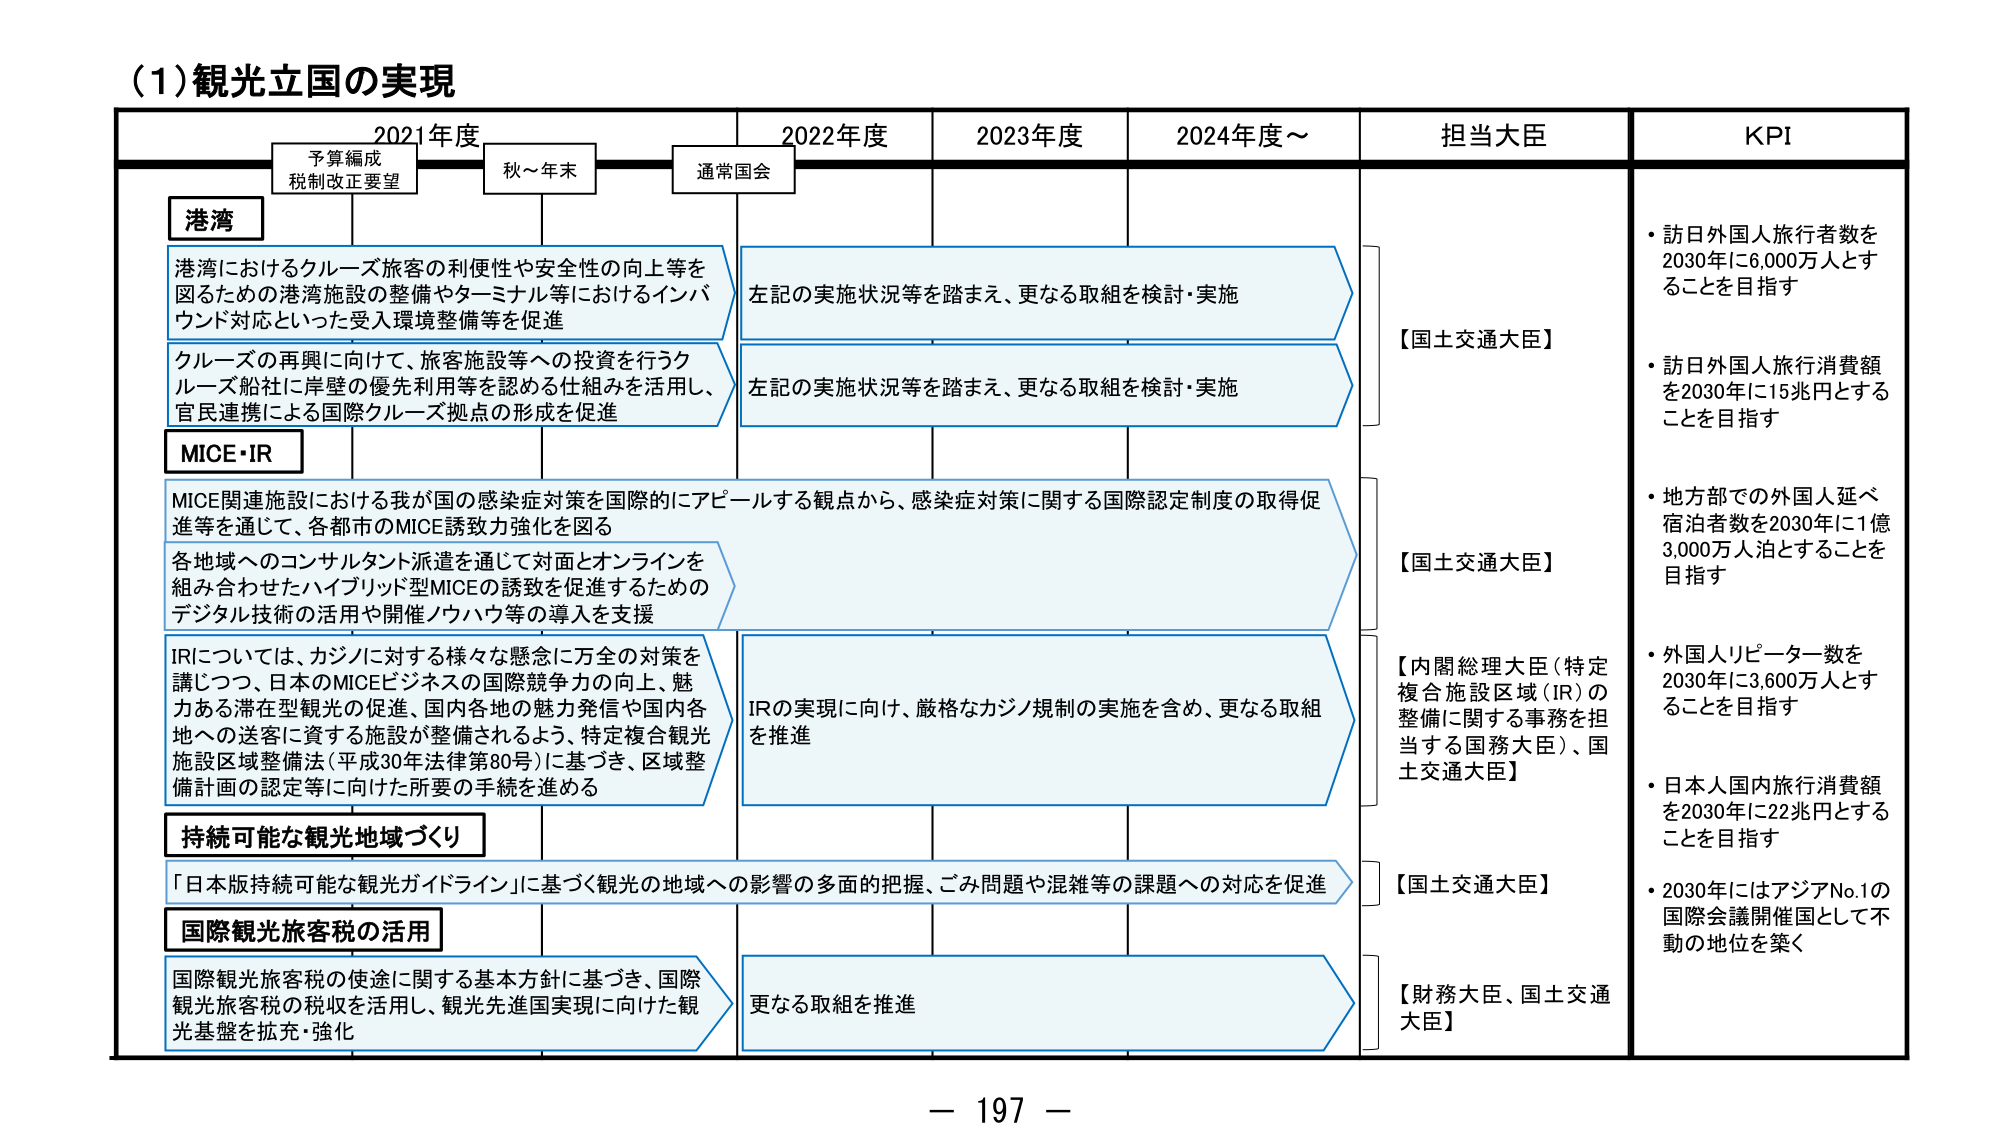
(1) 観光立国の実現

2021年度　　　　　2022年度　　　　　2023年度　　　　　2024年度～

予算編成